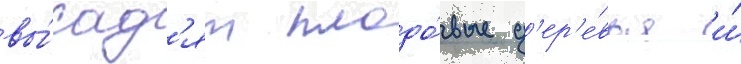
вы́сад'ят плодо́вые д'ер'е́вья и́